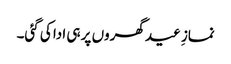
نمازِ عید گھروں پر ہی ادا کی گئی۔